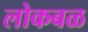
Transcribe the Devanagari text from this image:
लोकबळ